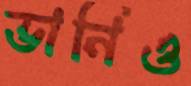
ভানিও